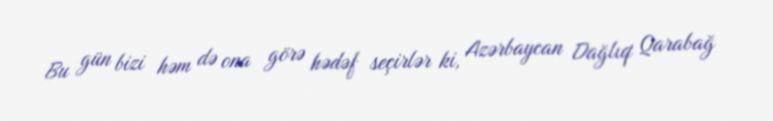
Bu gün bizi həm də ona görə hədəf seçirlər ki, Azərbaycan Dağlıq Qarabağ